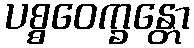
ပစ္စဝေက္ခန္တော